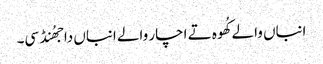
انباں والے کُھوہ تے اچار والے انباں دا جھُنڈ سی۔